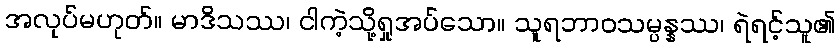
အလုပ်မဟုတ်။ မာဒိသဿ၊ ငါကဲ့သို့ရှုအပ်သော။ သူရဘာဝသမ္ပန္နဿ၊ ရဲရင့်သူ၏